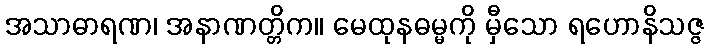
အသာဓာရဏ၊ အနာဏတ္တိက။ မေထုနဓမ္မကို မှီသော ရဟောနိသဇ္ဇ